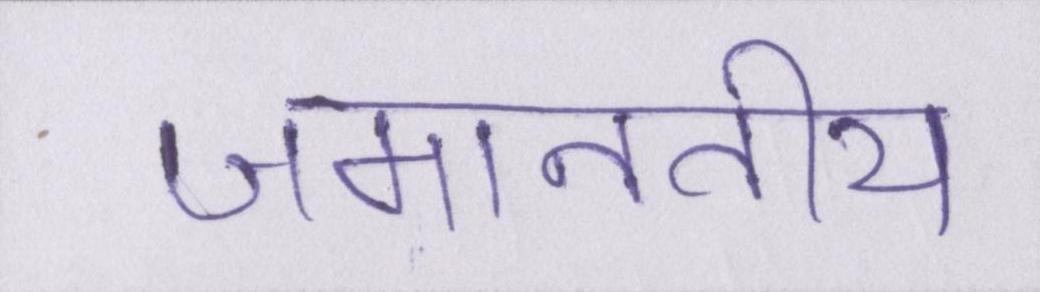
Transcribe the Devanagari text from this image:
जमानतीय